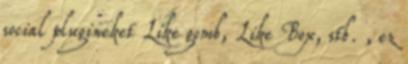
social plugineket Like gomb, Like Box, stb. , ez